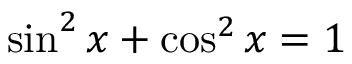
\sin ^ { 2 } x + \cos ^ { 2 } x = 1